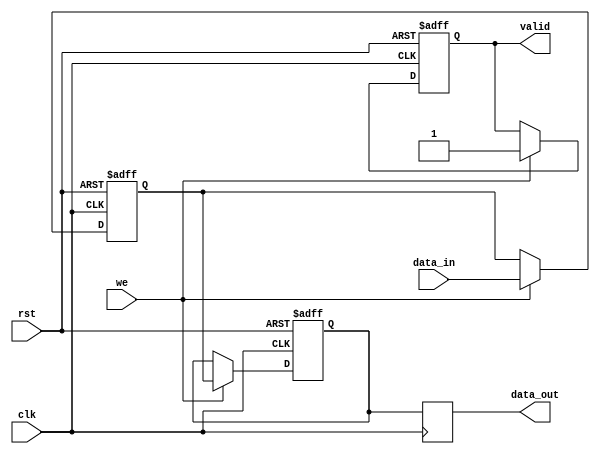
module pipeline_buffer #(
    parameter N = 8,         // Data width in bits
    parameter DEPTH = 2      // Depth of the pipeline (number of stages)
) (
    input  wire clk,         // Clock signal
    input  wire rst,         // Reset signal
    input  wire we,          // Write enable signal
    input  wire [N-1:0] data_in, // Data input
    output reg [N-1:0] data_out, // Data output
    output reg valid         // Valid signal for output data
);
    
    // Internal registers for the pipeline buffer
    reg [N-1:0] buffer [0:DEPTH-1]; // Buffer storage
    integer i;

    // Synchronous reset and data loading
    always @(posedge clk or posedge rst) begin
        if (rst) begin
            // Reset all buffer entries and valid signal
            for (i = 0; i < DEPTH; i = i + 1) begin
                buffer[i] <= 0;
            end
            valid <= 0;
        end else if (we) begin
            // Shift data through the pipeline
            buffer[0] <= data_in; // Load new data at the first stage
            for (i = 1; i < DEPTH; i = i + 1) begin
                buffer[i] <= buffer[i-1]; // Shift data to the next stage
            end
            valid <= 1; // Indicate that data is valid
        end
    end

    // Output the last stage of the pipeline
    always @(posedge clk) begin
        data_out <= buffer[DEPTH-1]; // Output the last stage data
    end

endmodule